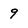
Character: 9